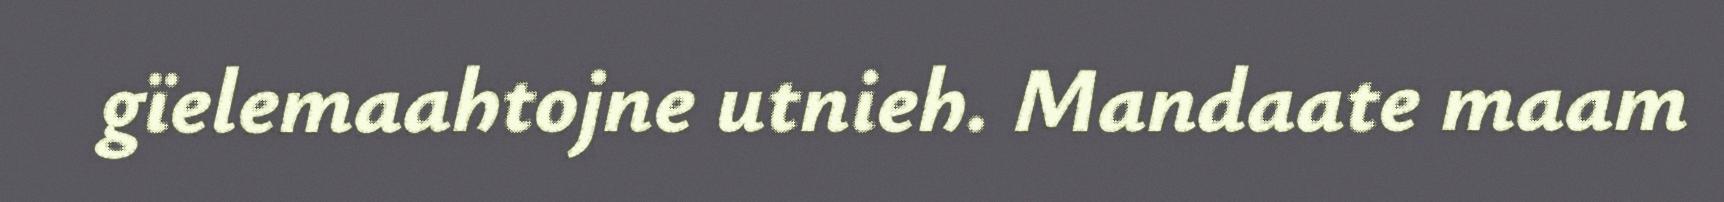
gïelemaahtojne utnieh. Mandaate maam